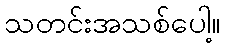
သတင်းအသစ်ပေါ့။